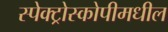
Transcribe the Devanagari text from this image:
स्पेक्ट्रोस्कोपीमधील